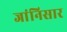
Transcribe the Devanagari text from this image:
जांनिसार